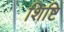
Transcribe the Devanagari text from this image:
शिष्टि